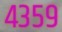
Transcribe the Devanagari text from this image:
४३५९